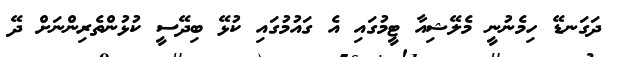
ދަގަނޑޭ ހިމެނުނީ މެލޭޝިއާ ޓީމުގައި އެ ގައުމުގައި ކުޅޭ ބިދޭސީ ކުޅުންތެރިންނަށް ދޭ